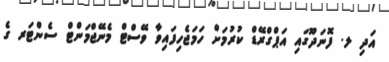
އަދި ލ. ފޮނަދޫގައި އަޕްގްރޭޑް ކުރުމަށް ހަމަޖެހިފައިވާ ވޭސްޓް މެނޭޖްމަންޓް ސެންޓަރ ގެ